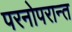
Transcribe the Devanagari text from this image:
परनोपरान्त